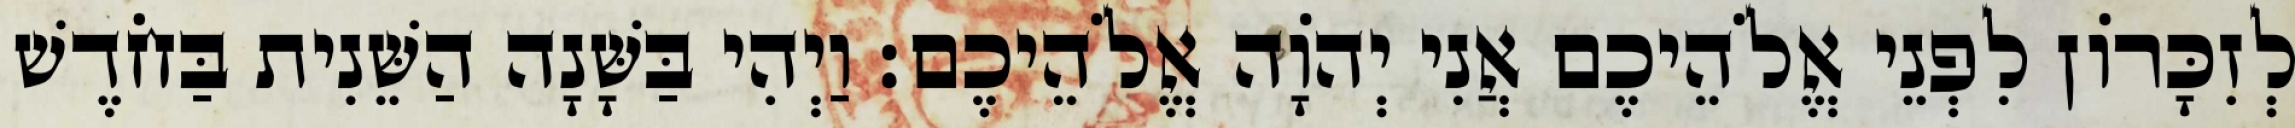
לְזִכָּרוֹן לִפְנֵי אֱלֹהֵיכֶם אֲנִי יְהוָֹה אֱלֹהֵיכֶם׃ וַיְהִי בַּשָּׁנָה הַשֵּׁנִית בַּחֹדֶשׁ